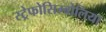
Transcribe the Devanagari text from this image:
स्ट्रेफोसिम्बोलिया